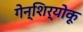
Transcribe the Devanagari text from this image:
गेन्शिर्‍योकू